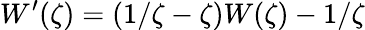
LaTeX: W^{\prime}(\zeta)=(1/\zeta-\zeta)W(\zeta)-1/\zeta